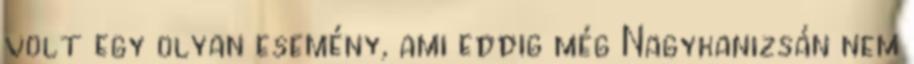
volt egy olyan esemény, ami eddig még Nagykanizsán nem